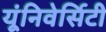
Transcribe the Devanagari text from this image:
यूंनिवेर्सिटी